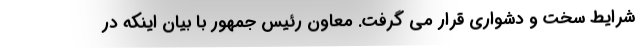
شرایط سخت و دشواری قرار می گرفت. معاون رئیس جمهور با بیان اینکه در